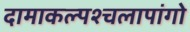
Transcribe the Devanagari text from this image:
दामाकल्पश्चलापांगो